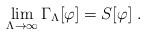
LaTeX: \begin{align*}\lim_{\Lambda\rightarrow\infty}\Gamma_{\Lambda}[\varphi] = S[\varphi]\;.\end{align*}